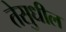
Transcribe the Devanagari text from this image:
तेसुधील